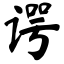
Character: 谔